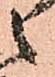
候